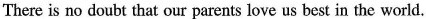
There is no doubt that our parents love us best in the world.